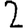
Digit: 2